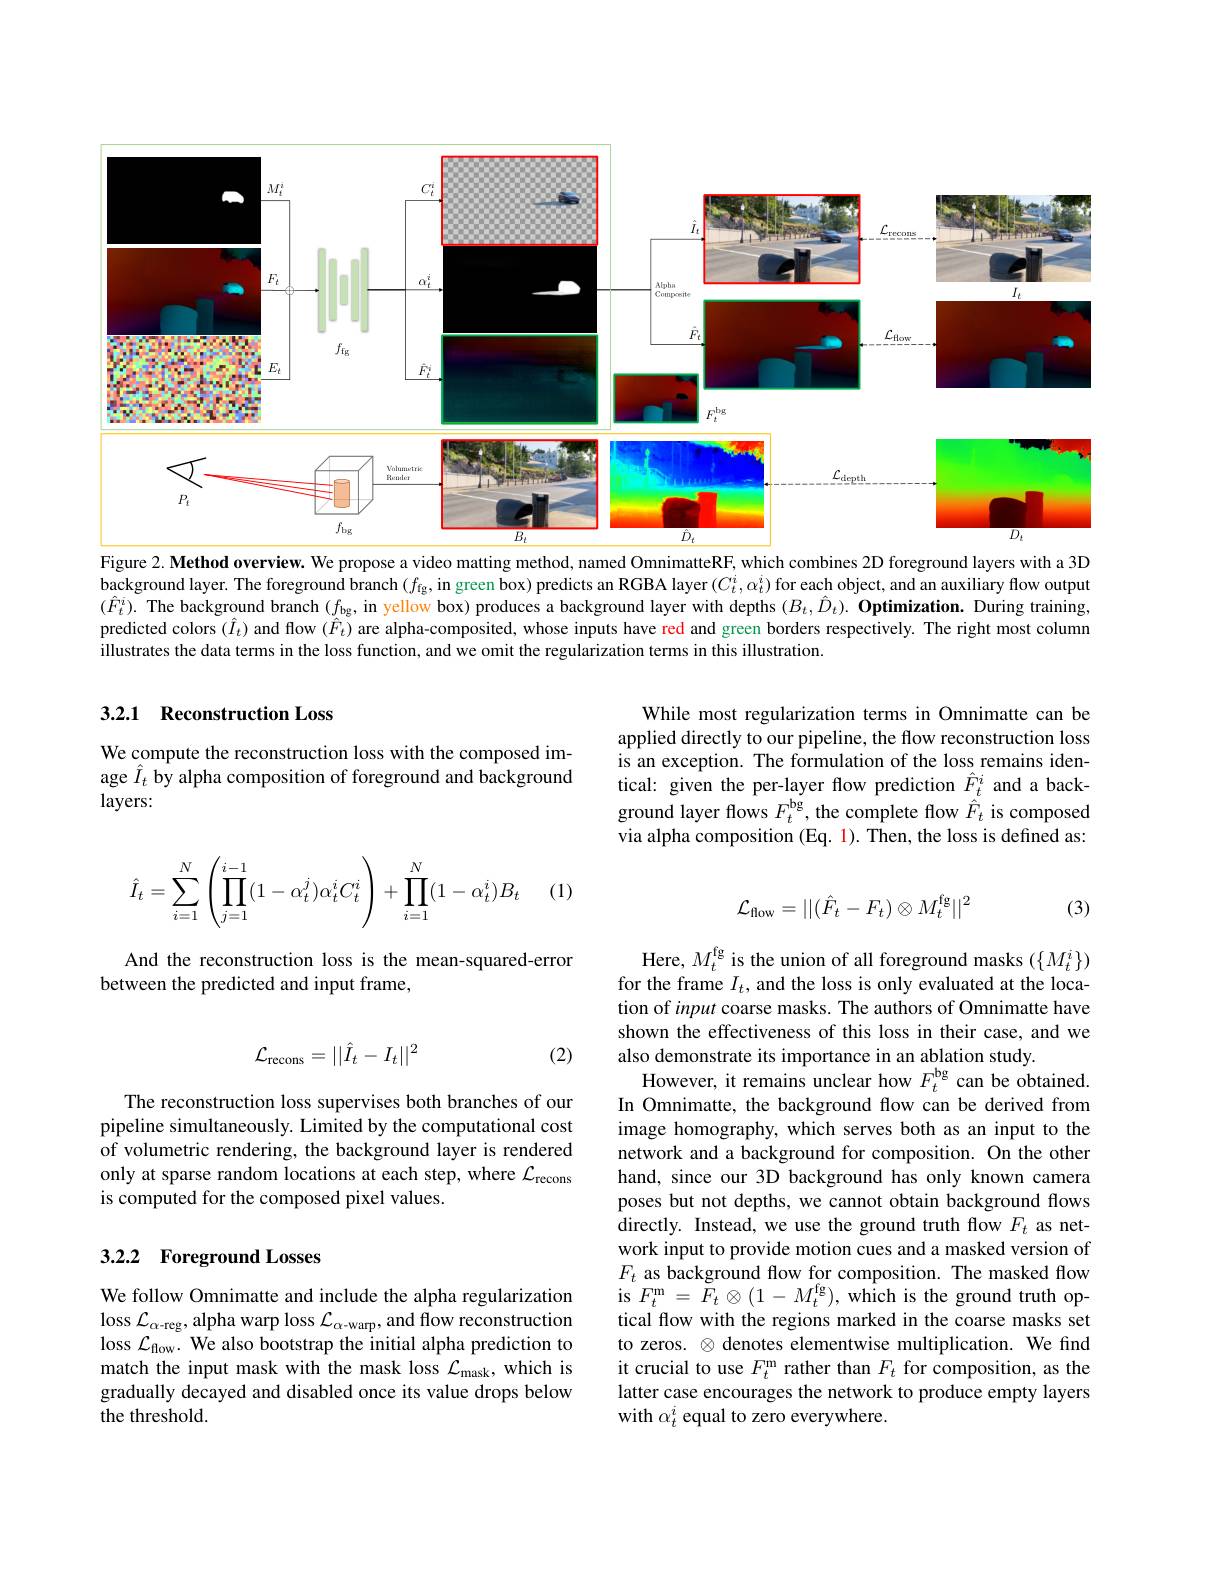
<FigureHere>
Figure 2. Method overview. We propose a video matting method, named OmnimatteRF, which combines 2D foreground layers with a 3D

background layer. The foreground branch $(f_\mathrm{fg}$, in green box) predicts an RGBA layer $(C_t^i,\alpha_t^i)$ for each object, and an auxiliary flow output $(\hat{F}_t^i).$ The background branch $(f_\text{bg}$, in yellow box) produces a background layer with depths $( B_t, \hat{D} _t) . \textbf{ Optimization. During training, }$ predicted colors $(\hat{I}_t)$ and flow $(\hat{F}_t)$ are alpha-composited, whose inputs have red and green borders respectively. The right most column illustrates the data terms in the loss function, and we omit the regularization terms in this illustration

### 3.2.1 Reconstruction Loss

While most regularization terms in Omnimatte can be applied directly to our pipeline, the flow reconstruction loss is an exception. The formulation of the loss remains identical: given the per-layer flow prediction $\hat{F}_t^i$ and a background layer flows $F_t^\mathrm{bg}$, the complete flow $\hat{\hat{F}}_t$ is composed via alpha composition (Eq. 1). Then, the loss is defined as:

We compute the reconstruction loss with the composed image $\hat{I}_t$ by alpha composition of foreground and background layers:
$$\hat{I}_t=\sum_{i=1}^N\left(\prod_{j=1}^{i-1}(1-\alpha_t^j)\alpha_t^iC_t^i\right)+\prod_{i=1}^N(1-\alpha_t^i)B_t$$
(1)
$$\mathcal{L}_{\mathrm{flow}}=||(\hat{F}_t-F_t)\otimes M_t^{\mathrm{fg}}||^2$$
(3)

And the reconstruction loss is the mean-squared-error
between the predicted and input frame,
$$\mathcal{L}_{\mathrm{recons}}=||\hat{I}_t-I_t||^2$$
(2)

The reconstruction loss supervises both branches of our pipeline simultaneously. Limited by the computational cost of volumetric rendering, the background layer is rendered only at sparse random locations at each step, where $\mathcal{L}_\mathrm{recons}$ is computed for the composed pixel values.

Here, $M_t^\mathrm{fg}$ is the union of all foreground masks $(\{M_t^i\})$ for the frame $I_t$, and the loss is only evaluated at the location of input coarse masks. The authors of Omnimatte have shown the effectiveness of this loss in their case, and we also demonstrate its importance in an ablation study.
However, it remains unclear how $F_{t}^\mathrm{bg}$ can be obtained. In Omnimatte, the background flow can be derived from image homography, which serves both as an input to the network and a background for composition. On the other hand, since our 3D background has only known camera poses but not depths, we cannot obtain background flows directly. Instead, we use the ground truth flow $F_{t}$ as network input to provide motion cues and a masked version of $F_t$ as background flow for composition. The masked flow is $F_{t}^{\mathrm{m}}=\tilde{F}_{t}\otimes(1-M_{t}^{\mathrm{fg}})$,which is the ground truth optical flow with the regions marked in the coarse masks set to zeros. $\otimes$ denotes elementwise multiplication. We find it crucial to use $F_t^\mathrm{m}$ rather than $F_t$ for composition, as the latter case encourages the network to produce empty layers with $\alpha_t^i$ equal to zero everywhere

## 3.2.2 Foreground Losses

We follow Omnimatte and include the alpha regularization $\operatorname{loss}\mathcal{L}_{\alpha-\mathrm{reg}}$,alpha warp loss $\mathcal{L} _\alpha -$warp, and flow reconstruction loss $\mathcal{L}_\mathrm{flow}.$ We also bootstrap the initial alpha prediction to match the input mask with the mask loss $\mathcal{L}_\mathrm{mask}$, which is gradually decayed and disabled once its value drops below the threshold